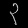
Digit: ၃